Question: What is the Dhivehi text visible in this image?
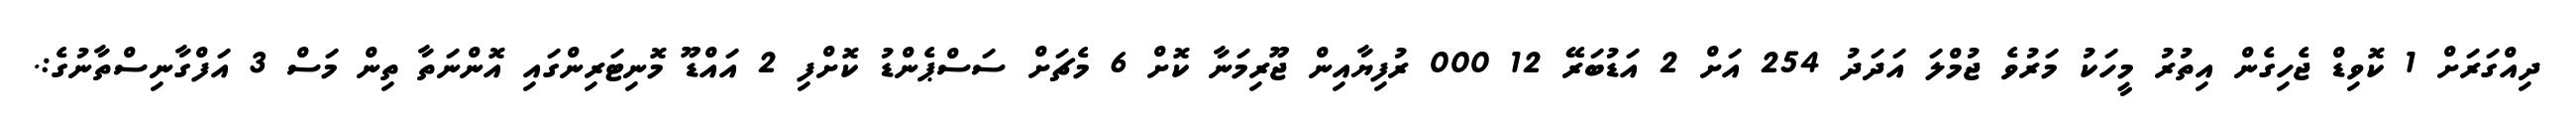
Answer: ދިއްގަރަށް 1 ކޮވިޑް ޖެހިގެން އިތުރު މީހަކު މަރުވެ ޖުމްލަ އަދަދު 254 އަށް 2 އަޑުބަރޭ 12 000 ރުފިޔާއިން ޖޫރިމަނާ ކޮށް 6 މެޗަށް ސަސްޕެންޑު ކޮށްފި 2 އައްޑޫ މޮނިޓަރިންގައި އޮންނަތާ ތިން މަސް 3 އަފްގާނިސްތާނުގެ:.